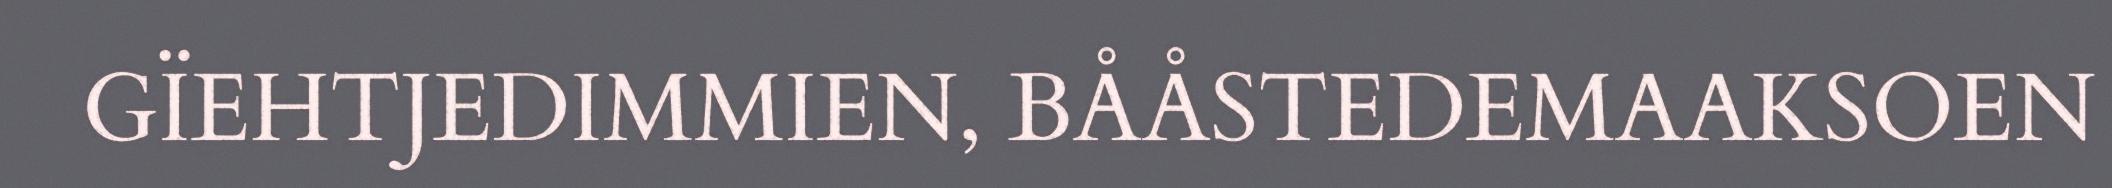
GÏEHTJEDIMMIEN, BÅÅSTEDEMAAKSOEN